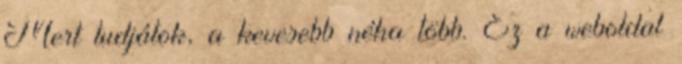
Mert tudjátok, a kevesebb néha több. Ez a weboldal